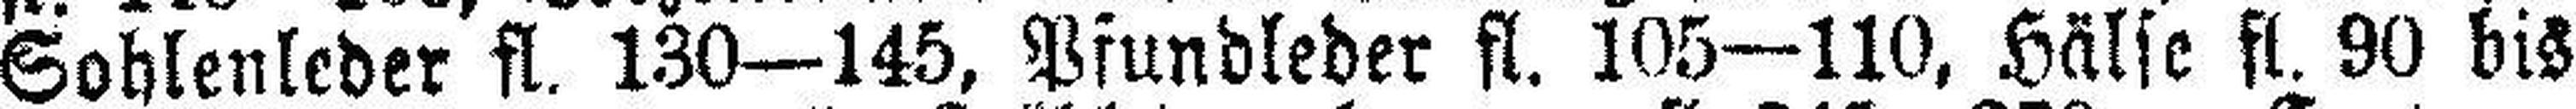
Sohlenleder fl. 130—145, Pfundleder fl. 105—110, Hälse fl. 90 bis